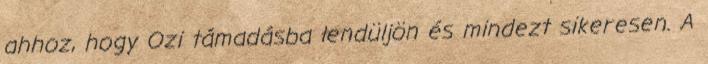
ahhoz, hogy Ozi támadásba lendüljön és mindezt sikeresen. A